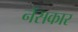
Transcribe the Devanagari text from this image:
नॅसकार